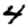
Digit: 4